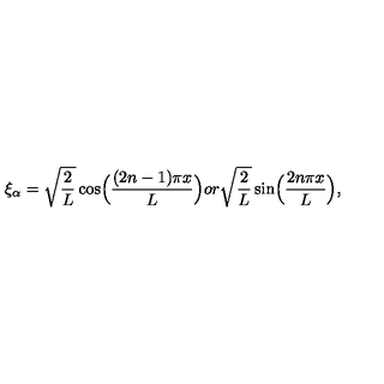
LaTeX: \xi _ { \alpha } = \sqrt { \frac { 2 } { L } } \cos \Bigl ( \frac { ( 2 n - 1 ) \pi x } { L } \Bigr ) { } o r \sqrt { \frac { 2 } { L } } \sin \Bigl ( \frac { 2 n \pi x } { L } \Bigr ) ,